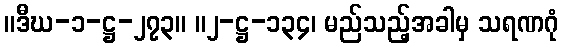
။ဒီဃ-၁-ဋ္ဌ-၂၇၃။ ။၂-ဋ္ဌ-၁၃၄၊ မည်သည့်အခါမှ သရဏဂုံ